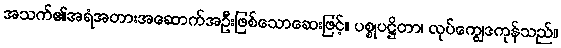
အသက်၏အရံအတားအဆောက်အဦးဖြစ်သောဆေးဖြင့်။ ပစ္စုပဋ္ဌိတာ၊ လုပ်ကျွေဒကုန်သည်။